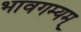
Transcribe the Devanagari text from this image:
भावगम्यम्